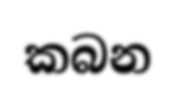
කබන